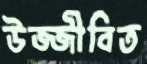
উজ্জীবিত